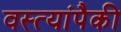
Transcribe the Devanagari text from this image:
वस्त्यांपैकी